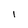
Character: I